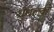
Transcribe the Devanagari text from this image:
धुंधलकों